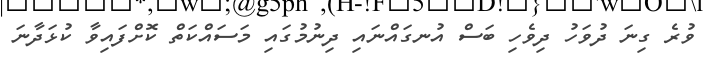
ވުރެ ގިނަ ދުވަހު ދިވެހި ބަސް އުނގައްނައި ދިނުމުގައި މަސައްކަތް ކޮށްފައިވާ ކުޅަދާނަ